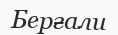
Берғали